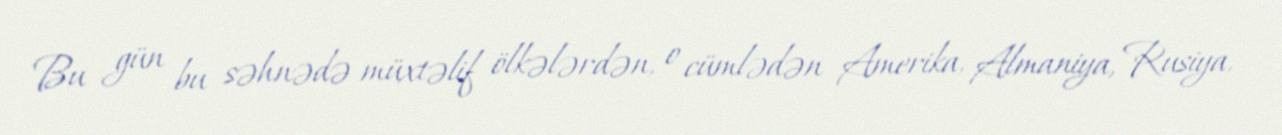
Bu gün bu səhnədə müxtəlif ölkələrdən, o cümlədən Amerika, Almaniya, Rusiya,